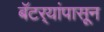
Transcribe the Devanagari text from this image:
बॅटर्‍यांपासून